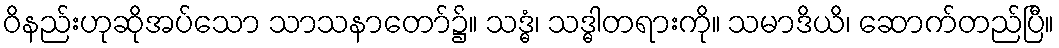
ဝိနည်းဟုဆိုအပ်သော သာသနာတော်၌။ သဒ္ဓံ၊ သဒ္ဓါတရားကို။ သမာဒိယိ၊ ဆောက်တည်ပြီ။